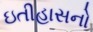
ઇતીહાસનો